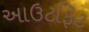
આઉટફિટ